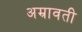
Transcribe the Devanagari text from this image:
अम्रावती